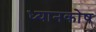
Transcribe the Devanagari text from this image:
ध्यानकोष